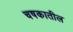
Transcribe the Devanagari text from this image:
चषकातील